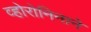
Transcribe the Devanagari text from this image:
व्होरोनिनाने